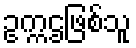
ဥက္ကဌဖြစ်သူ